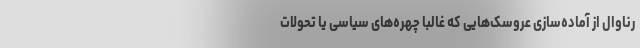
رناوال از آماده‌سازی عروسک‌هایی که غالبا چهره‌های سیاسی یا تحولات